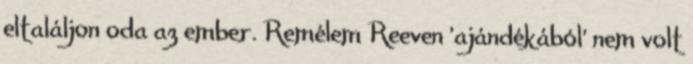
eltaláljon oda az ember. Remélem Reeven 'ajándékából' nem volt